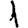
Digit: 1